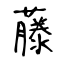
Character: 藤